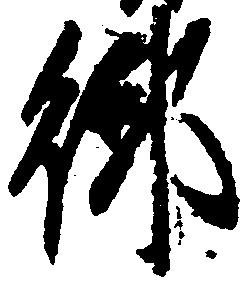
御